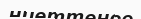
ниеттенсе